NAE_ERA_R-1665_Eesti_Kunstnike_Liit, lk 23
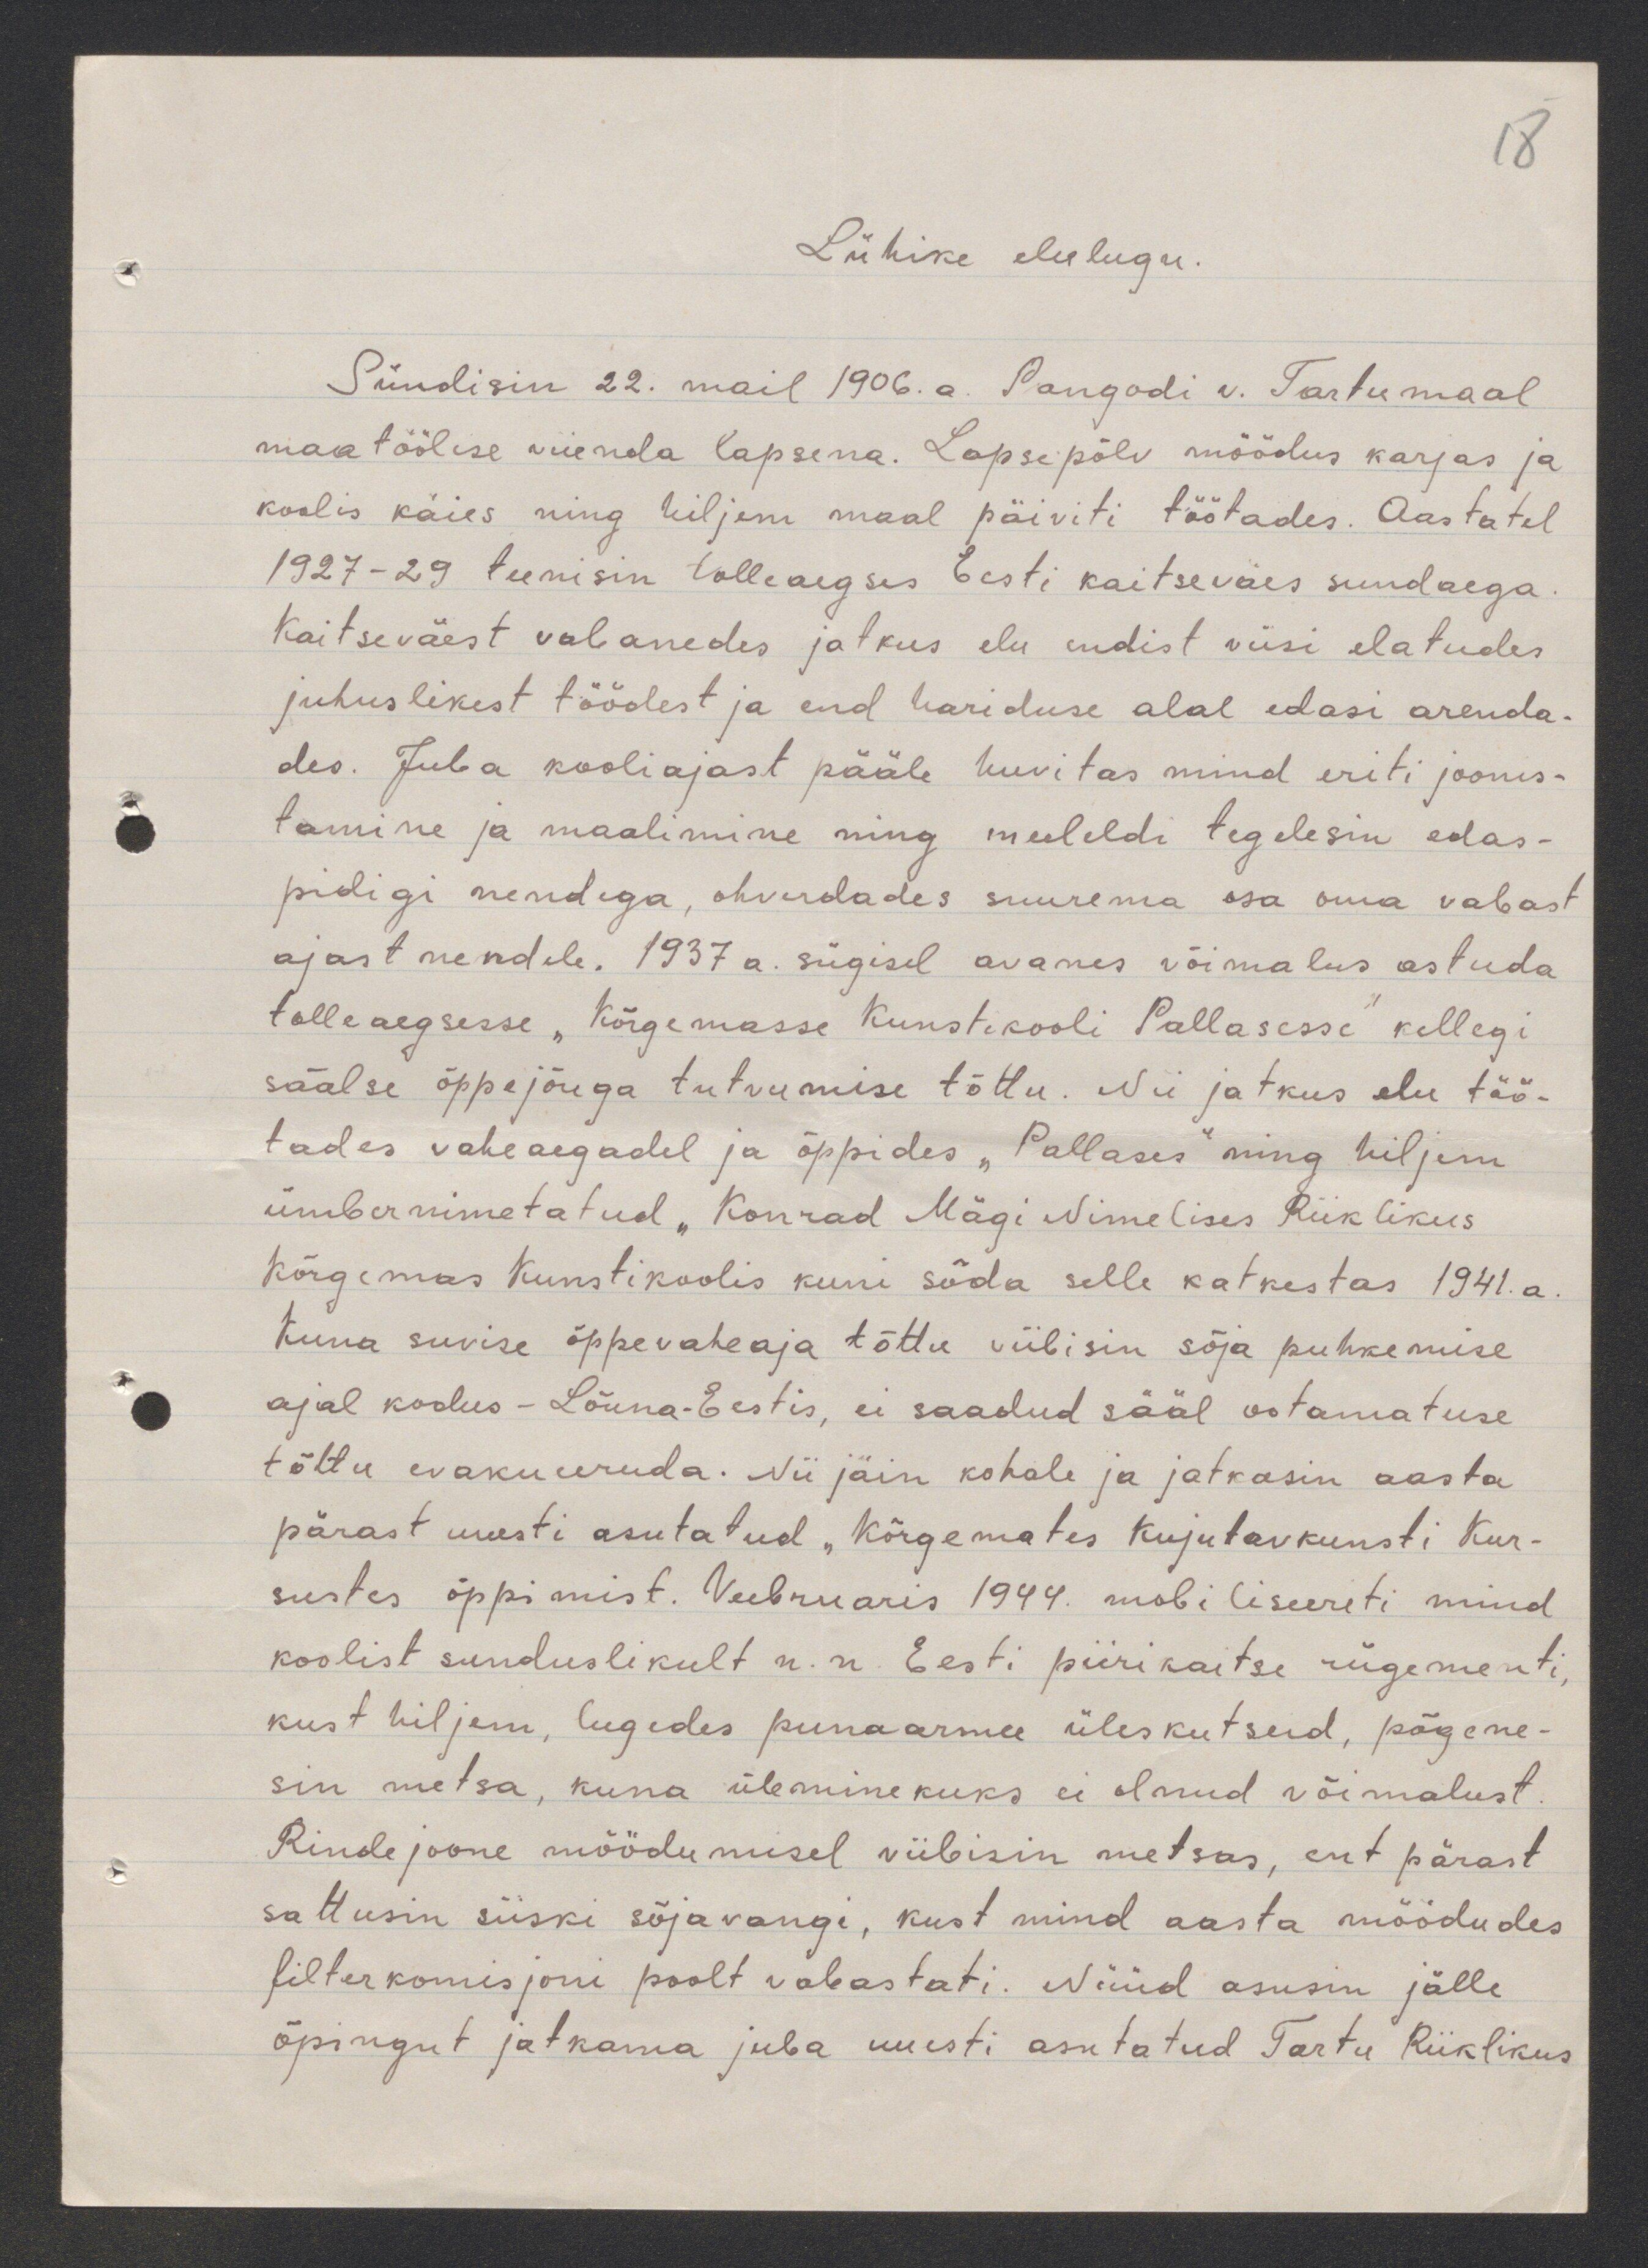
18

Lühike elulugu.
Sündisin 22. mail 1906. a. Pangodi v. Tartumaal
maatöölise viienda lapsena. Lapsepõlv möödus karjas ja
koolis käies ning hiljem maal päiviti töötades. Aastatel
1927-29 teenisin tolleaegses Eesti kaitseväes sundaega.
Kaitseväest vabanedes jatkus elu endist viisi elatudes
juhuslikest töödest ja end hariduse alal edasi arenda-
des. Juba kooliajast pääle huvitas mind eriti joonis-
tamine ja maalimine ning meeleldi tegelesin edas-
pidigi nendega, ohverdades suurema osa oma vabast
ajast nendele. 1937 a. sügisel avanes võimalus astuda
tolleaegsesse "Kõrgemasse Kunstikooli Pallasesse" kellegi
säälse õppejõuga tutvumise tõttu. Nii jatkus elu töö-
tades vaheaegadel ja õppides "Pallases" ning hiljem
ümbernimetatud "Konrad Mägi Nimelises Riiklikus
Kõrgemas Kunstikoolis kuni sõda selle katkestas 1941.a.
Kuna suvise õppevaheaja tõttu viibisin sõja puhkemise
ajal kodus - Lõuna-Eestis, ei saadud sääl ootamatuse
tõttu evakueeruda. Nii jäin kohale ja jatkasin aasta
pärast uuesti asutatud "Kõrgemates kujutavkunsti Kur-
sustes õppimist. Veebruaris 1944. mobiliseeriti mind
koolist sunduslikult n.n. Eesti piirikaitse rügementi,
kust hiljem, lugedes punaarmee üleskutseid, põgene-
sin metsa, kuna üleminekuks ei olnud võimalust.
Rindejoone möödumisel viibisin metsas, ent pärast
sattusin siiski sõjavangi, kust mind aasta möödudes
filterkomisjoni poolt vabastati. Nüüd asusin jälle
õpingut jatkama juba uuesti asutatud Tartu Riiklikus